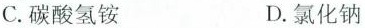
C.碳酸氢铵 D.氯化钠